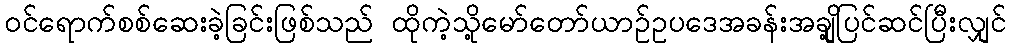
ဝင်ရောက်စစ်ဆေးခဲ့ခြင်းဖြစ်သည် ထိုကဲ့သို့မော်တော်ယာဉ်ဥပဒေအခန်းအချို့ပြင်ဆင်ပြီးလျှင်